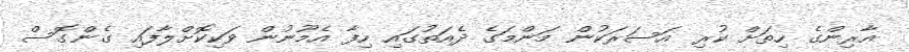
އާރިންގެ ހިތަށް ކުރި އަސަރަކުން މަންމަގެ ދެއަތުގައި ހިފާ އެމޫނުން ވަކިކޮށްލާފައި ގެންގޮސް